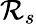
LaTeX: {\cal R}_{s}